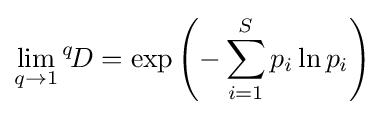
\lim _{q\rightarrow 1}{}^{q}\!D=\exp \left(-\sum _{i=1}^{S}p_{i}\ln p_{i}\right)